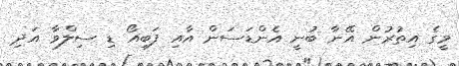
މީގެ އިތުރުން އޭނާ ބުނީ އެންޑަސަން އާއި ފަބިއޯ ޑި ސިލްވާ އަދި